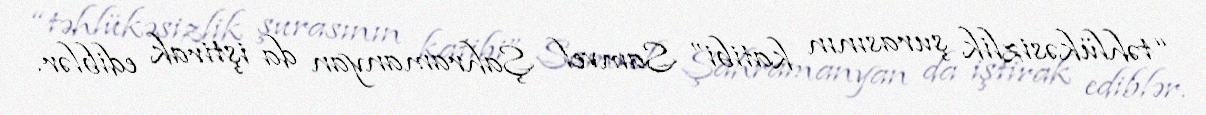
“təhlükəsizlik şurasının katibi” Samvel Şahramanyan da iştirak ediblər.